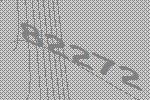
82272